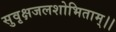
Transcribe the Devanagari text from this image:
सुवृक्षजलशोभिताम्।।